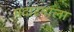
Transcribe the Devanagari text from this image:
मदारमाला